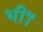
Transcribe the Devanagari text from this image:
भीॉ